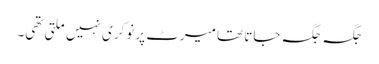
جگہ جگہ جاتا تھا میرٹ پر نوکری نہیں ملتی تھی۔